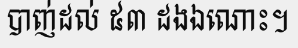
បាញ់ដល់ ៥៣ ដងឯណោះ។